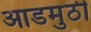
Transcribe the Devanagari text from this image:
आडमुठी